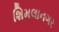
શિમલાનગર